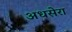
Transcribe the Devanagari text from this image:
अधसेरा